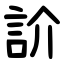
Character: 䚸